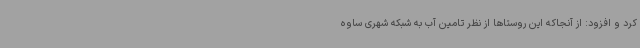
کرد و افزود: از آنجاکه این روستاها از نظر تامین آب به شبکه شهری ساوه